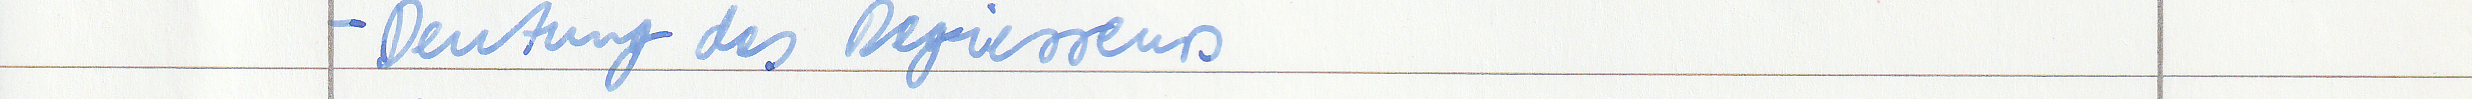
- Deutung des Regiesseurs